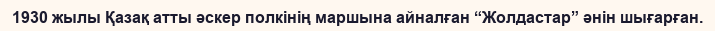
1930 жылы Қазақ атты әскер полкінің маршына айналған “Жолдастар” әнін шығарған.